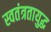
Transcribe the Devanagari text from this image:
स्वतंत्रतायुद्ध